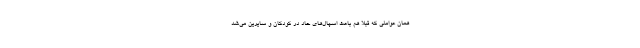
همان عواملی که قبلا هم باعث اسهال‌های حاد در کودکان و سایرین می‌شد